Code of medical and sanitary regulations for the guidance of medical officers serving in the Madras Presidency - Volume I
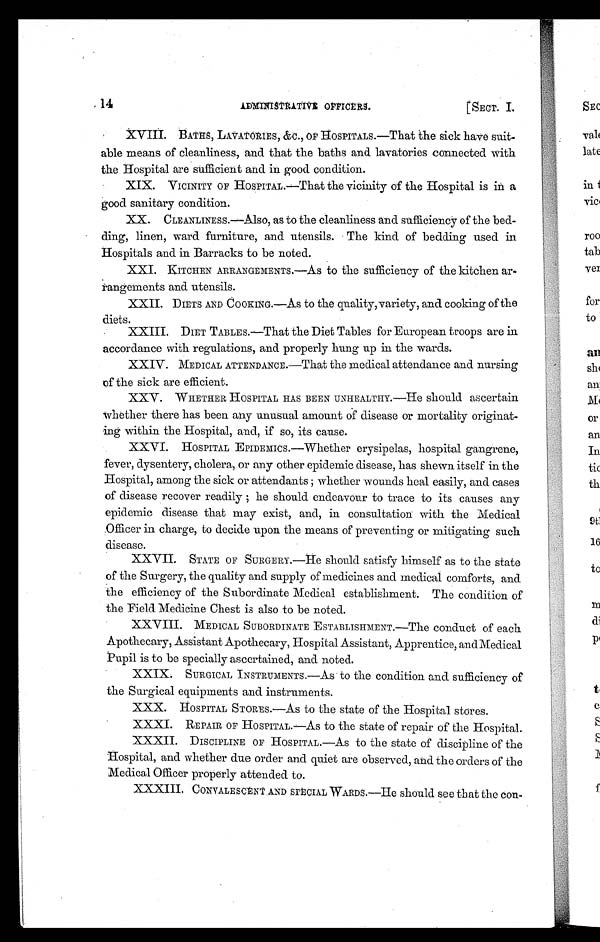
14
ADMINISTRATIVE OFFICERS.
[SECT. I.
XVIII. BATHS, LAVATORIES, &C., OF HOSPITALS.—That the sick have suit-
able means of cleanliness, and that the baths and. lavatories connected with
the Hospital are sufficient and in good condition.
XIX. VICINITY OF HOSPITAL.—That the vicinity of the Hospital is in a
good sanitary condition.
XX. CLEANLINESS.—Also, as to the cleanliness and sufficiency of the bed-
ding, linen, ward furniture, and utensils. The kind of bedding used in
Hospitals and in Barracks to be noted.
XXI. KITCHEN ARRANGEMENTS.—As to the sufficiency of the kitchen ar-
rangements and utensils.
XXII. DIETS AND COOKING.—As to the quality, variety, and cooking of the
diets.
XXIII. DIET TABLES.—That the Diet Tables for European troops are in
accordance with regulations, and properly hung up in the wards.
XXIV. MEDICAL ATTENDANCE.—That the medical attendance and nursing
of the sick are efficient.
XXV. WHETHER HOSPITAL HAS BEEN UNHEALTHY.—He should ascertain
whether there has been any unusual amount of disease or mortality originat-
ing within the Hospital, and, if so, its cause.
XXVI. HOSPITAL EPIDEMICS.—Whether erysipelas, hospital gangrene,
fever, dysentery, cholera, or any other epidemic disease, has shewn itself in the
Hospital, among the sick or attendants; whether wounds heal easily, and cases
of disease recover readily; he should endeavour to trace to its causes any
epidemic disease that may exist, and, in consultation with the Medical
Officer in charge, to decide upon the means of preventing or mitigating such
disease.
XXVII. STATE OF SURGERY.—He should satisfy himself as to the state
of the Surgery, the quality and supply of medicines and medical comforts, and
the efficiency of the Subordinate Medical establishment. The condition of
the Field Medicine Chest is also to be noted.
XXVIII. MEDICAL SUBORDINATE ESTABLISHMENT.—The conduct of each
Apothecary, Assistant Apothecary, Hospital Assistant, Apprentice, and Medical
pupil is to be specially ascertained, and noted.
XXIX. SURGICAL INSTRUMENTS.—As to the condition and sufficiency of
the Surgical equipments and instruments.
XXX. HOSPITAL STORES.—As to the state of the Hospital stores.
XXXI. REPAIR or HOSPITAL.—As to the state of repair of the Hospital.
XXXII. DISCIPLINE OF HOSPITAL.—As to the state of discipline of the
Hospital, and whether due order and quiet are observed, and the orders of the
Medical Officer properly attended to.
XXXIII. CONVALESCENT AND SPECIAL WARDS.—He should see that the con-